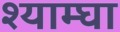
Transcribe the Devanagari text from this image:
श्याम्घा